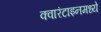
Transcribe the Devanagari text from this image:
क्वारंटाइनमध्ये